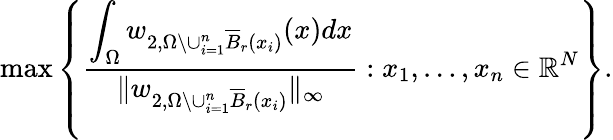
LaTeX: \operatorname*{max}\left\{ \frac{\displaystyle\int_{\Omega}w_{2,\Omega\setminus\cup_{i=1}^{n}\overline{B}_{r}(x_{i})}(x)dx}{\| w_{2,\Omega\setminus\cup_{i=1}^{n}\overline{B}_{r}(x_{i})}\| _{\infty}}:x_{1},\dots,x_{n}\in\mathbb{R}^{N}\right\} .